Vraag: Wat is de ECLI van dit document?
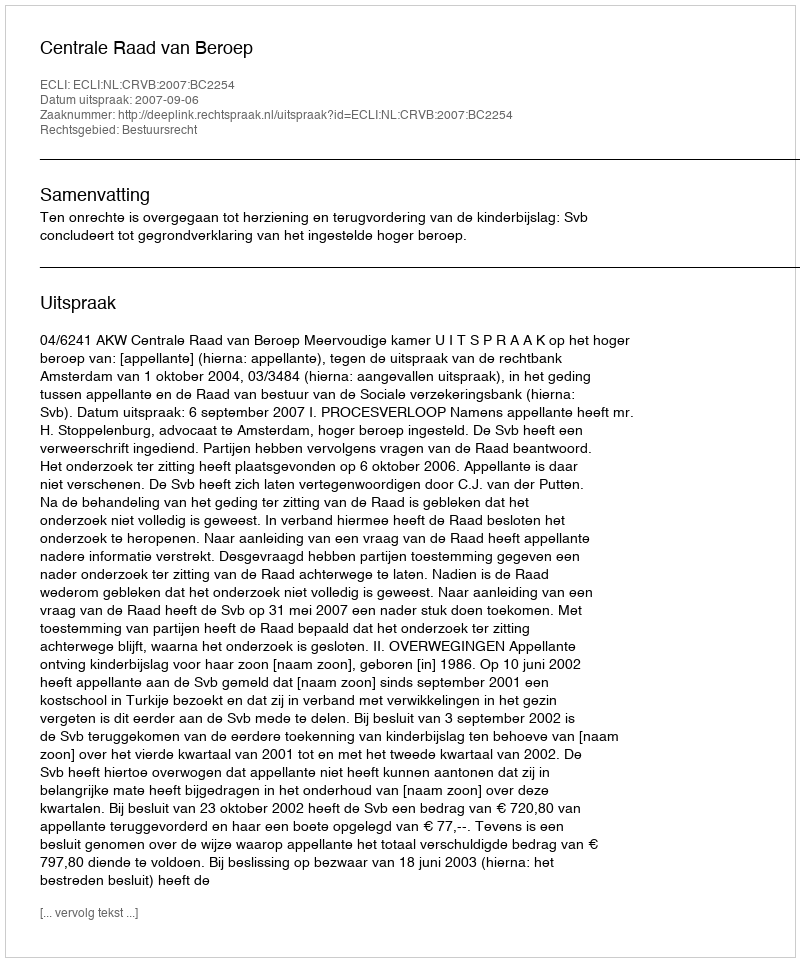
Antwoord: ECLI:NL:CRVB:2007:BC2254